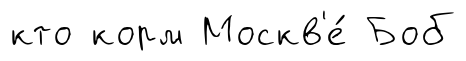
кто корм Москв'е́ Боб